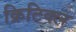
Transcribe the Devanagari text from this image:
क्रिटिक्ल